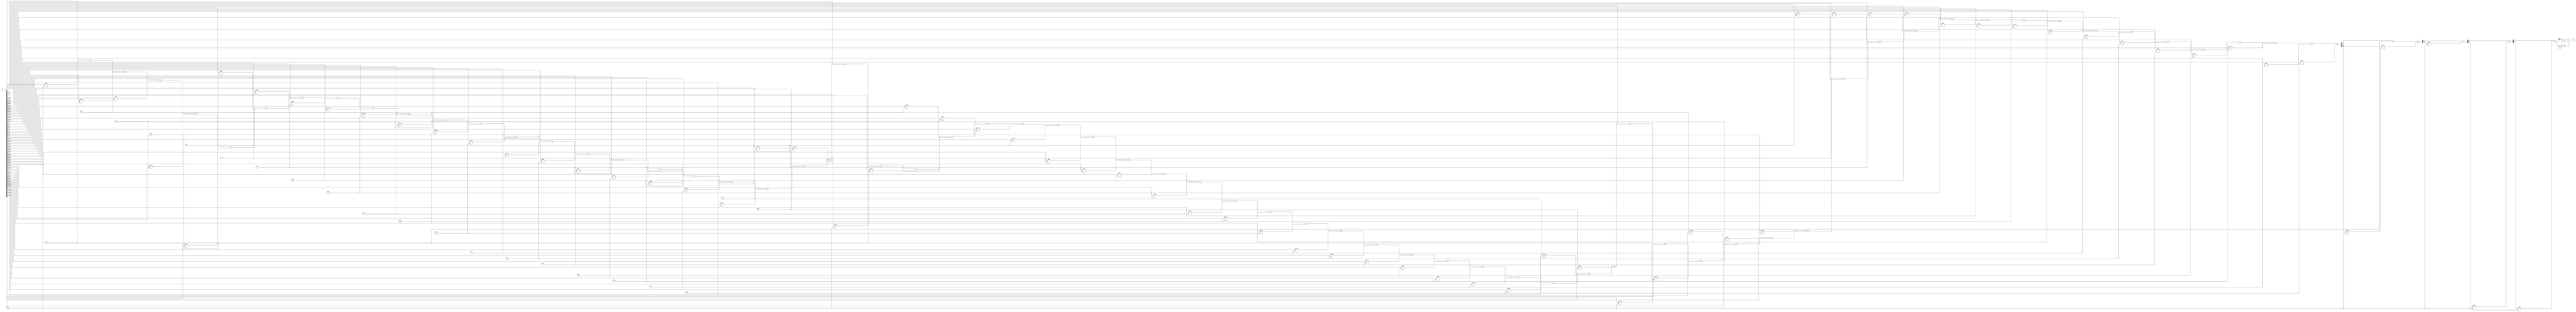
module x_400_mod_47(
    input [400:1] X,
    output [6:1] R
    );

wire [17:1] R_temp_1;
wire [11:1] R_temp_2;
wire [9:1] R_temp_3;
wire [8:1] R_temp_4;
wire [7:1] R_temp_5;
reg [6:1]  R_temp;

assign R_temp_1 = X [ 6 : 1 ]  + X [ 12 : 7 ] * 5'b10001 + X [ 18 : 13 ] * 3'b111 + X [ 24 : 19 ] * 5'b11001 + X [ 30 : 25 ] * 2'b10 + X [ 36 : 31 ] * 6'b100010 + X [ 42 : 37 ] * 4'b1110 + X [ 48 : 43 ] * 2'b11 + X [ 54 : 49 ] * 3'b100 + X [ 60 : 55 ] * 5'b10101 + X [ 66 : 61 ] * 5'b11100 + X [ 72 : 67 ] * 3'b110 + X [ 78 : 73 ] * 4'b1000 + X [ 84 : 79 ] * 6'b101010 + X [ 90 : 85 ] * 4'b1001 + X [ 96 : 91 ] * 4'b1100 + X [ 102 : 97 ] * 5'b10000 + X [ 108 : 103 ] * 6'b100101 + X [ 114 : 109 ] * 5'b10010 + X [ 120 : 115 ] * 5'b11000 + X [ 126 : 121 ] * 6'b100000 + X [ 132 : 127 ] * 5'b11011 + X [ 138 : 133 ] * 6'b100100 + X [ 144 : 139 ]  + X [ 150 : 145 ] * 5'b10001 + X [ 156 : 151 ] * 3'b111 + X [ 162 : 157 ] * 5'b11001 + X [ 168 : 163 ] * 2'b10 + X [ 174 : 169 ] * 6'b100010 + X [ 180 : 175 ] * 4'b1110 + X [ 186 : 181 ] * 2'b11 + X [ 192 : 187 ] * 3'b100 + X [ 198 : 193 ] * 5'b10101 + X [ 204 : 199 ] * 5'b11100 + X [ 210 : 205 ] * 3'b110 + X [ 216 : 211 ] * 4'b1000 + X [ 222 : 217 ] * 6'b101010 + X [ 228 : 223 ] * 4'b1001 + X [ 234 : 229 ] * 4'b1100 + X [ 240 : 235 ] * 5'b10000 + X [ 246 : 241 ] * 6'b100101 + X [ 252 : 247 ] * 5'b10010 + X [ 258 : 253 ] * 5'b11000 + X [ 264 : 259 ] * 6'b100000 + X [ 270 : 265 ] * 5'b11011 + X [ 276 : 271 ] * 6'b100100 + X [ 282 : 277 ]  + X [ 288 : 283 ] * 5'b10001 + X [ 294 : 289 ] * 3'b111 + X [ 300 : 295 ] * 5'b11001 + X [ 306 : 301 ] * 2'b10 + X [ 312 : 307 ] * 6'b100010 + X [ 318 : 313 ] * 4'b1110 + X [ 324 : 319 ] * 2'b11 + X [ 330 : 325 ] * 3'b100 + X [ 336 : 331 ] * 5'b10101 + X [ 342 : 337 ] * 5'b11100 + X [ 348 : 343 ] * 3'b110 + X [ 354 : 349 ] * 4'b1000 + X [ 360 : 355 ] * 6'b101010 + X [ 366 : 361 ] * 4'b1001 + X [ 372 : 367 ] * 4'b1100 + X [ 378 : 373 ] * 5'b10000 + X [ 384 : 379 ] * 6'b100101 + X [ 390 : 385 ] * 5'b10010 + X [ 396 : 391 ] * 5'b11000 + X [ 400 : 397 ] * 6'b100000 ;

assign R_temp_2 = R_temp_1 [6 : 1]  + R_temp_1 [ 12 : 7 ] * 5'b10001 + R_temp_1 [ 17 : 13 ] * 3'b111 ;

assign R_temp_3 = R_temp_2 [6 : 1]  + R_temp_2 [ 11 : 7 ] * 5'b10001;

assign R_temp_4 = R_temp_3 [6 : 1]  + R_temp_3 [ 9 : 7 ] * 5'b10001;

assign R_temp_5 = R_temp_4 [6 : 1]  + R_temp_4 [ 8 : 7 ] * 5'b10001;

always @(R_temp_5)
begin
  if (R_temp_5 >= 6'b101111)
    R_temp <= R_temp_5 - 6'b101111;
  else
    R_temp <= R_temp_5;
end

assign R = R_temp;

endmodule